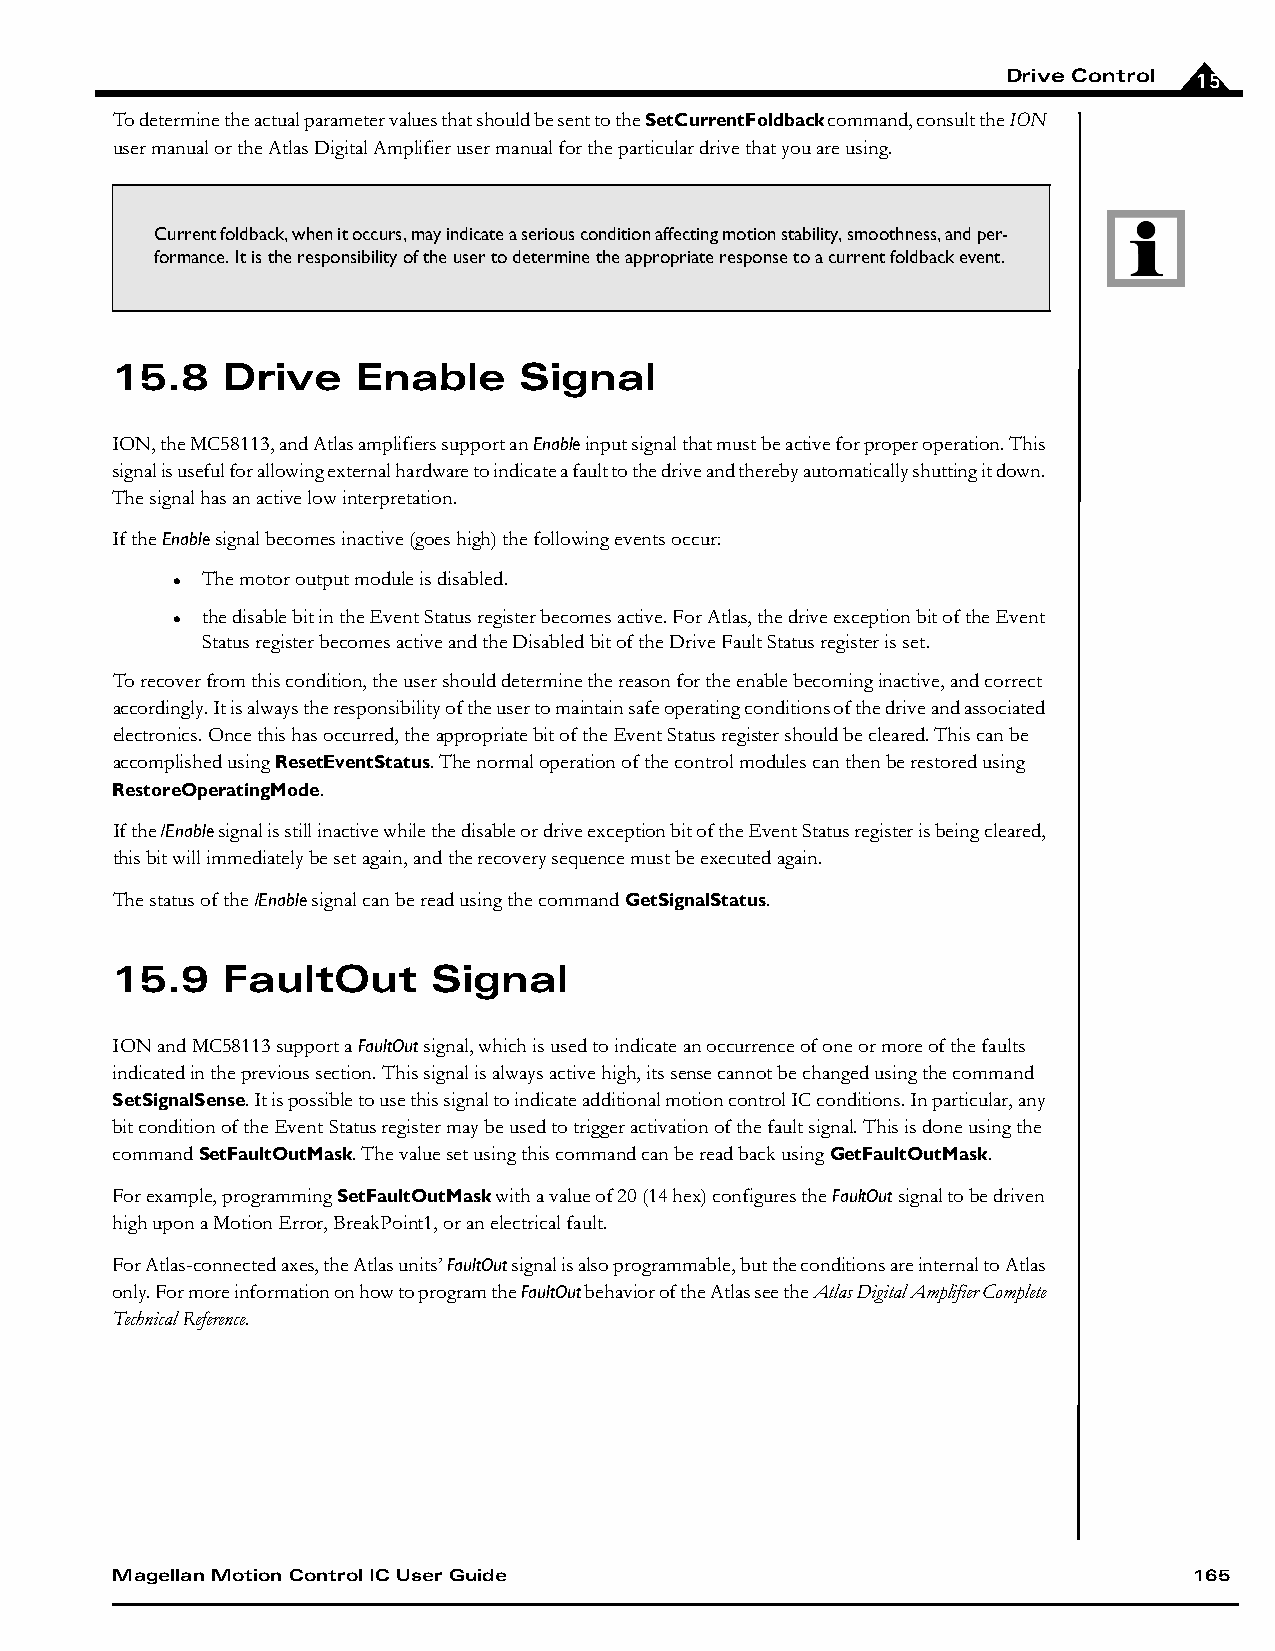
Drive Control 15
 To determine the actual parameter values that should be sent to the SetCurrentFoldback command, consult the ION
 user manual or the Atlas Digital Amplifier user manual for the particular drive that you are using.
 Current foldback, when it occurs, may indicate a serious condition affecting motion stability, smoothness, and per-
 formance. It is the responsibility of the user to determine the appropriate response to a current foldback event.
 15.8    Drive    Enable    Signal
 ION, the MC58113, and Atlas amplifiers support an Enable input signal that must be active for proper operation. This
 signal is useful for allowing external hardware to indicate a fault to the drive and thereby automatically shutting it down.
 The signal has an active low interpretation.
 If the Enable signal becomes inactive (goes high) the following events occur:
 The motor output module is disabled.
 
 the disable bit in the Event Status register becomes active. For Atlas, the drive exception bit of the Event
 
 Status register becomes active and the Disabled bit of the Drive Fault Status register is set.
 To recover from this condition, the user should determine the reason for the enable becoming inactive, and correct
 accordingly. It is always the responsibility of the user to maintain safe operating conditions of the drive and associated
 electronics. Once this has occurred, the appropriate bit of the Event Status register should be cleared. This can be
 accomplished using ResetEventStatus. The normal operation of the control modules can then be restored using
 RestoreOperatingMode.
 If the /Enable signal is still inactive while the disable or drive exception bit of the Event Status register is being cleared,
 this bit will immediately be set again, and the recovery sequence must be executed again.
 The status of the /Enable signal can be read using the command GetSignalStatus.
 15.9    FaultOut      Signal
 ION and MC58113 support a FaultOut signal, which is used to indicate an occurrence of one or more of the faults
 indicated in the previous section. This signal is always active high, its sense cannot be changed using the command
 SetSignalSense. It is possible to use this signal to indicate additional motion control IC conditions. In particular, any
 bit condition of the Event Status register may be used to trigger activation of the fault signal. This is done using the
 command SetFaultOutMask. The value set using this command can be read back using GetFaultOutMask.
 For example, programming SetFaultOutMask with a value of 20 (14 hex) configures the FaultOut signal to be driven
 high upon a Motion Error, BreakPoint1, or an electrical fault.
 For Atlas-connected axes, the Atlas units’ FaultOut signal is also programmable, but the conditions are internal to Atlas
 only. For more information on how to program the FaultOut behavior of the Atlas see the Atlas Digital Amplifier Complete
 Technical Reference.
 Magellan Motion Control IC User Guide                                   165